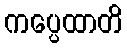
ကပ္ပေထာတိ